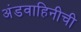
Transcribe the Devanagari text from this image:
अंडवाहिनीची